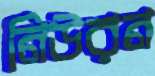
নিউরন